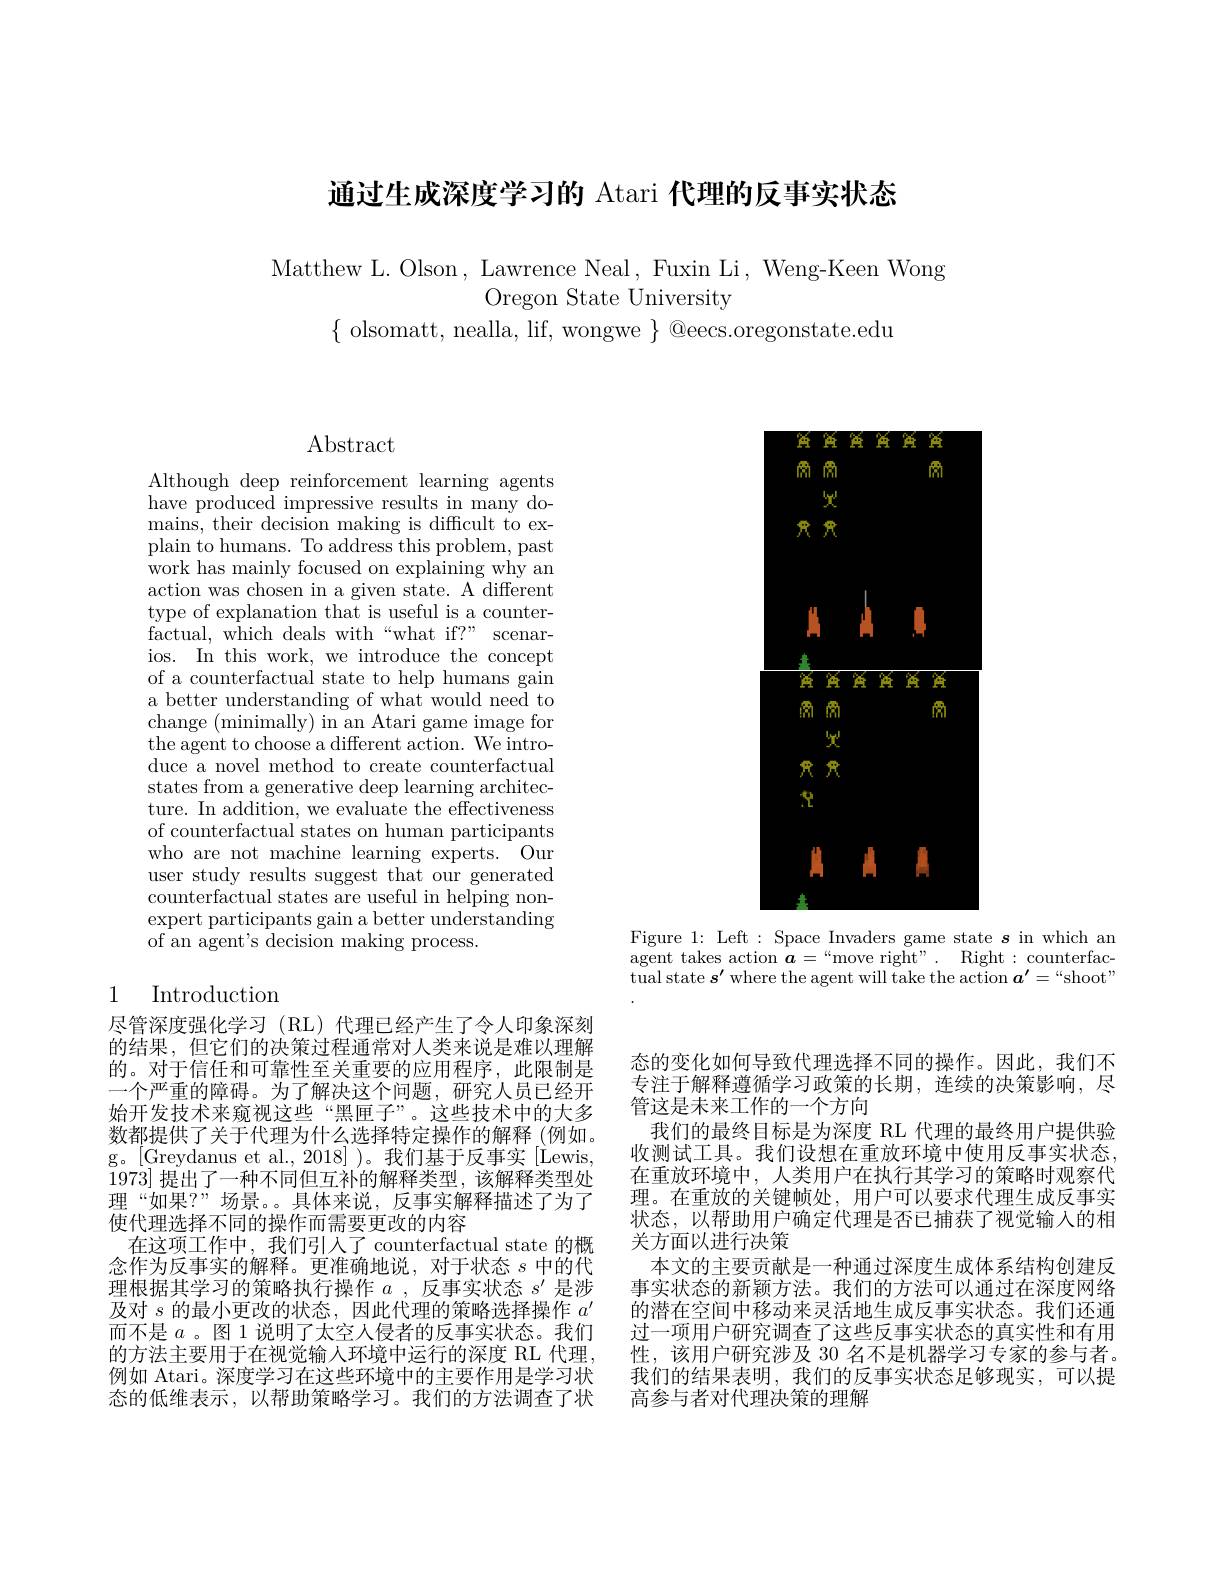
通过生成深度学习的 Atari 代理的反事实状态

Matthew L. Olson, Lawrence Neal, Fuxin Li, Weng-Keen Wong
Oregon State University
$\{$ olsomatt, nealla, lif, wongwe $\}$ @eecs.oregonstate.edu

$\operatorname{Abstract}$

Although deep reinforcement learning agents have produced impressive results in many domains, their decision making is difficult to explain to humans. To address this problem, past work has mainly focused on explaining why an action was chosen in a given state. A different type of explanation that is useful is a counterfactual, which deals with “ what if? " scenar- ios. In this work, we introduce the concept of a counterfactual state to help humans gain a better understanding of what would need to change (minimally) in an Atari game image for the agent to choose a different action. We introduce a novel method to create counterfactual states from a generative deep learning architecture. In addition, we evaluate the effectiveness of counterfactual states on human participants who are not machine learning experts. Our user study results suggest that our generated counterfactual states are useful in helping nonexpert participants gain a better understanding of an agent's decision making process.

# 1 Introduction

尽管深度强化学习 (RL)代理已经产生了令人印象深刻的结果，但它们的决策过程通常对人类来说是难以理解的。对于信任和可靠性至关重要的应用程序，此限制是一个严重的障碍。为了解决这个问题，研究人员已经开始开发技术来窥视这些“黑匣子”。这些技术中的大多数都提供了关于代理为什么选择特定操作的解释 (例如。g。[Greydanus et al., 2018])。我们基于反事实[Lewis, 1973]提出了一种不同但互补的解释类型，该解释类型处理“如果？”场景。。具体来说，反事实解释描述了为了使代理选择不同的操作而需要更改的内容
在这项工作中，我们引人了 counterfactual state 的概念作为反事实的解释。更准确地说，对于状态$s$中的代理根据其学习的策略执行操作$a$ ,反事实状态$s^\prime$是涉及对$s$的最小更改的状态，因此代理的策略选择操作$a^\prime$ 而不是$a$ 。图 1 说明了太空人侵者的反事实状态。我们的方法主要用于在视觉输人环境中运行的深度 RL 代理， 例如 Atari。深度学习在这些环境中的主要作用是学习状态的低维表示，以帮助策略学习。我们的方法调查了状

<FigureHere>

Figure 1: Left : Space Invaders game state $s$ in which an agent takes action $\boldsymbol{a}=“$move right". Right: counterfac- $\bar{\text{tual state }\boldsymbol{s}^{\prime}}$ where the agent will take the action $\boldsymbol a^\prime=“$shoot"

态的变化如何导致代理选择不同的操作。因此，我们不专注于解释遵循学习政策的长期，连续的决策影响，尽管这是未来工作的一个方向
我们的最终目标是为深度 RL 代理的最终用户提供验收测试工具。我们设想在重放环境中使用反事实状态， 在重放环境中，人类用户在执行其学习的策略时观察代理。在重放的关键帧处，用户可以要求代理生成反事实状态，以帮助用户确定代理是否已捕获了视觉输入的相关方面以进行决策
本文的主要贡献是一种通过深度生成体系结构创建反事实状态的新颖方法。我们的方法可以通过在深度网络的潜在空间中移动来灵活地生成反事实状态。我们还通过一项用户研究调查了这些反事实状态的真实性和有用性，该用户研究涉及 30 名不是机器学习专家的参与者。我们的结果表明，我们的反事实状态足够现实，可以提高参与者对代理决策的理解